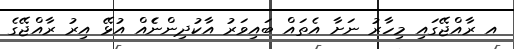
އ ރާއްޖޭގައި މިހާރު ނަށާ އެތައް ބައިވަރު އާކުދިންނެެެއް އުޅޭ އިރު ރާއްޖޭގެ